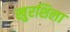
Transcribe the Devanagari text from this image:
खुरशिला